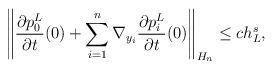
LaTeX: \begin{align*}\left\|{\partial p_0^L\over\partial t}(0)+\sum_{i=1}^n\nabla_{y_i}{\partial p_i^L\over\partial t}(0)\right\|_{H_n}\le ch_L^s,\end{align*}